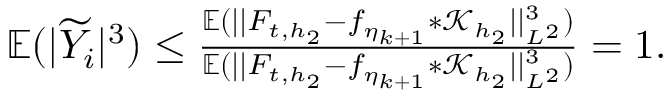
\begin{array} { r } { \mathbb { E } ( | \widetilde { Y } _ { i } | ^ { 3 } ) \le \frac { \mathbb { E } ( \vert \vert F _ { t , { h _ { 2 } } } - f _ { \eta _ { k + 1 } } \ast \mathcal { K } _ { h _ { 2 } } \vert \vert _ { L ^ { 2 } } ^ { 3 } ) } { \mathbb { E } ( \vert \vert F _ { t , { h _ { 2 } } } - f _ { \eta _ { k + 1 } } \ast \mathcal { K } _ { h _ { 2 } } \vert \vert _ { L ^ { 2 } } ^ { 3 } ) } = 1 . } \end{array}